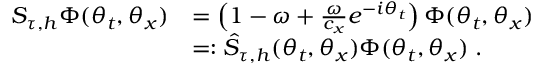
\begin{array} { r l } { S _ { \tau , h } \boldsymbol { \Phi } ( \theta _ { t } , \theta _ { x } ) } & { = \left( 1 - \omega + \frac { \omega } { c _ { x } } e ^ { - i \theta _ { t } } \right) \boldsymbol { \Phi } ( \theta _ { t } , \theta _ { x } ) } \\ & { = : \hat { S } _ { \tau , h } ( \theta _ { t } , \theta _ { x } ) \boldsymbol { \Phi } ( \theta _ { t } , \theta _ { x } ) \; . } \end{array}